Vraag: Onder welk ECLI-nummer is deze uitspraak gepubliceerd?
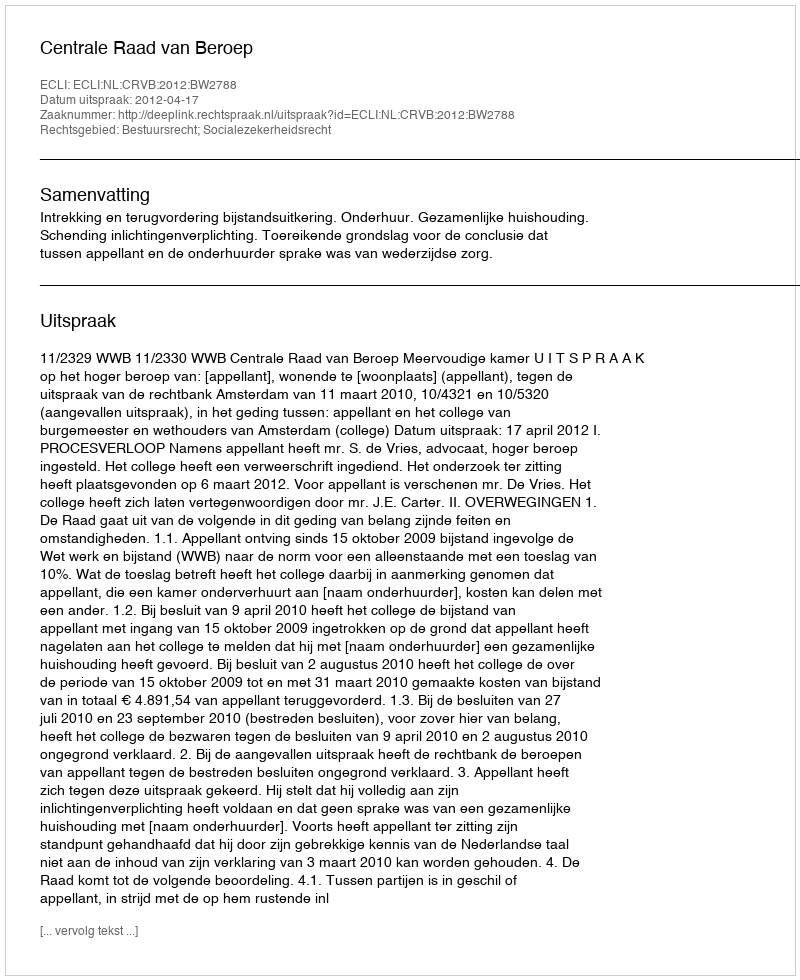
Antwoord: ECLI:NL:CRVB:2012:BW2788